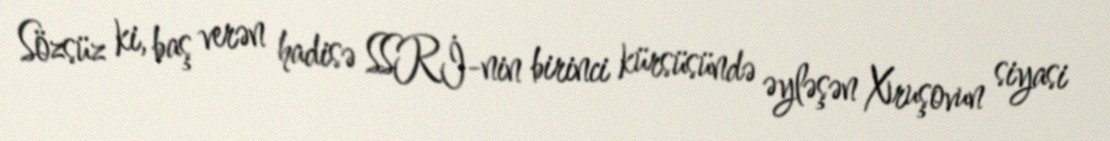
Sözsüz ki, baş verən hadisə SSRİ-nin birinci kürsüsündə əyləşən Xruşovun siyasi